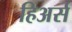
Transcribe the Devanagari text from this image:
हिअर्स